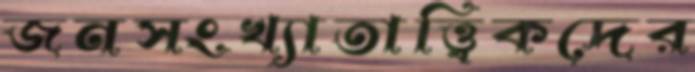
জনসংখ্যাতাত্ত্বিকদের